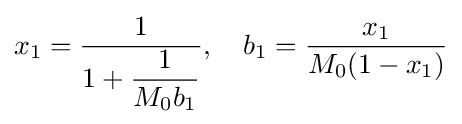
x_{1}={\frac {1}{1+{\dfrac {1}{M_{0}b_{1}}}}},\quad b_{1}={\frac {x_{1}}{M_{0}(1-x_{1})}}